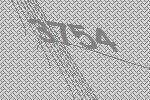
3754